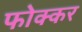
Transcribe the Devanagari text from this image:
फोक्‍कर